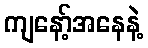
ကျနော့်အနေနဲ့